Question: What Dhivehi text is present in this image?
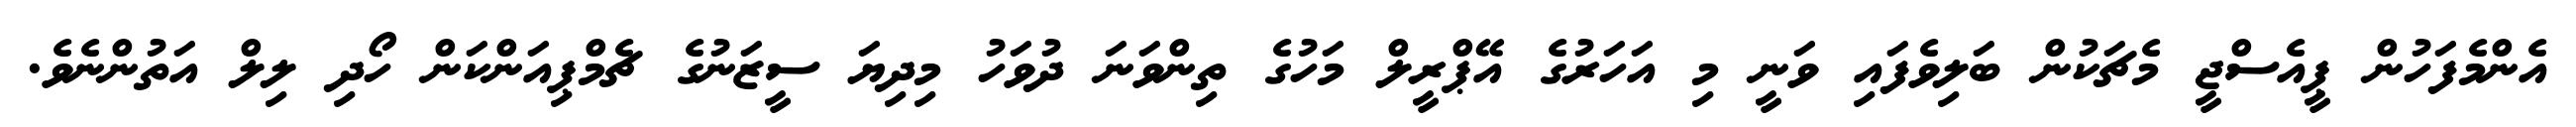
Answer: އެންމެފަހުން ޕީއެސްޖީ މެޗަކުން ބަލިވެފައި ވަނީ މި އަހަރުގެ އޭޕްރީލް މަހުގެ ތިންވަނަ ދުވަހު މިދިޔަ ސީޒަނުގެ ޗެމްޕިއަންކަން ހޯދި ލިލް އަތުންނެވެ.